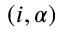
( i , \alpha )